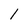
Character: I